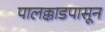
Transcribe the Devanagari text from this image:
पालक्काडपासून